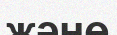
жәнө